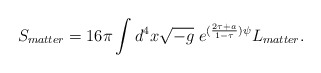
\begin{align*}S_{matter}=16\pi\int d^4x\sqrt{-g}\;e^{(\frac{2\tau+a}{1-\tau})\psi}L_{matter}.\end{align*}